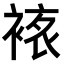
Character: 𧛅